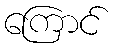
ကြောင်